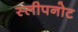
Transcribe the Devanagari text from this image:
स्लीपनोट